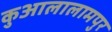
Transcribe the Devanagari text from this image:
कुआलालामपुर